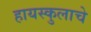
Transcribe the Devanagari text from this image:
हायस्कुलाचे